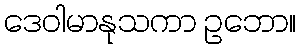
ဒေဝါမာနုသကာ ဥဘော။